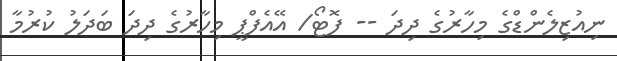
ނިއުޒިލެންޑްގެ މިހާރުގެ ދިދަ -- ފޮޓޯ/ އޭއެފްޕީ މިހާރުގެ ދިދަ ބަދަލު ކުރުމާ